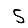
Digit: 5